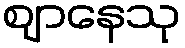
ဈာနေသု